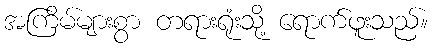
အကြိမ်များစွာ တရားရုံးသို့ ရောက်ဖူးသည်။